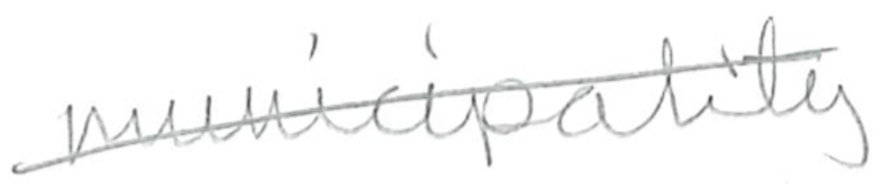
Text: municipality
Cross-out: diagonal
Writing tool: pencil